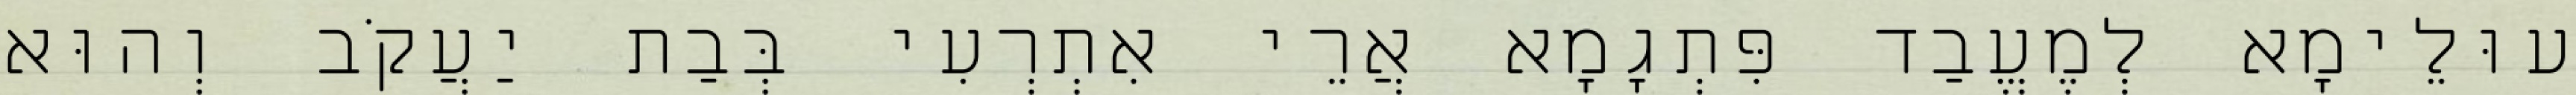
עוּלֵימָא לְמֶעֱבַד פִּתְגָמָא אֲרֵי אִתְרְעִי בְּבַת יַעֲקֹב וְהוּא